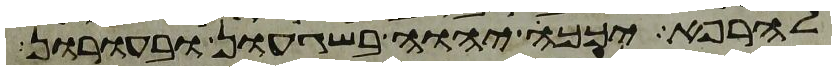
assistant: להרפא יכך יהוה בשגעון ובעורון